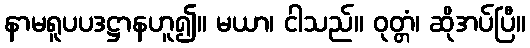
နာမရူပပဒဋ္ဌာနဟူ၍။ မယာ၊ ငါသည်။ ဝုတ္တံ၊ ဆိုအပ်ပြီ။